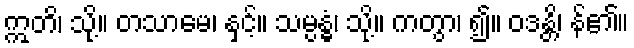
ဣတိ၊ သို့။ တသာမေ၊ နှင့်။ သမ္ပန္ဓံ၊ သို့။ ကတွာ၊ ၍။ ဝဒန္တိ၊ န်၏။